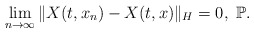
\begin{align*}\lim_{n\rightarrow\infty}\Vert X(t, x_n)-X(t, x)\Vert_H = 0, \ \mathbb{P} .\end{align*}